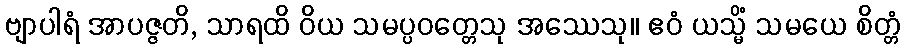
ဗျာပါရံ အာပဇ္ဇတိ, သာရထိ ဝိယ သမပ္ပဝတ္တေသု အဿေသု။ ဧဝံ ယသ္မိံ သမယေ စိတ္တံ